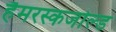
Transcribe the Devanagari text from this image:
हैमरस्कजोल्‍ड